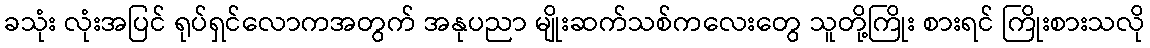
ခသုံး လုံးအပြင် ရုပ်ရှင်လောကအတွက် အနုပညာ မျိုးဆက်သစ်ကလေးတွေ သူတို့ကြိုး စားရင် ကြိုးစားသလို